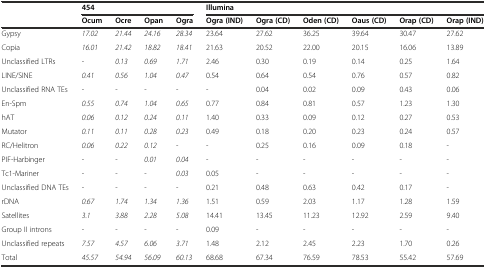
<table><thead><tr><td rowspan="2"></td><td colspan="4"><b>454</b></td><td colspan="6"><b>Illumina</b></td></tr><tr><td><b>Ocum</b></td><td><b>Ocre</b></td><td><b>Opan</b></td><td><b>Ogra</b></td><td><b>Ogra (IND)</b></td><td><b>Ogra (CD)</b></td><td><b>Oden (CD)</b></td><td><b>Oaus (CD)</b></td><td><b>Orap (CD)</b></td><td><b>Orap (IND)</b></td></tr></thead><tbody><tr><td>Gypsy</td><td><i>17.02</i></td><td><i>21.44</i></td><td><i>24.16</i></td><td><i>28.34</i></td><td>23.64</td><td>27.62</td><td>36.25</td><td>39.64</td><td>30.47</td><td>27.62</td></tr><tr><td>Copia</td><td><i>16.01</i></td><td><i>21.42</i></td><td><i>18.82</i></td><td><i>18.41</i></td><td>21.63</td><td>20.52</td><td>22.00</td><td>20.15</td><td>16.06</td><td>13.89</td></tr><tr><td>Unclassified LTRs</td><td>-</td><td><i>0.13</i></td><td><i>0.69</i></td><td><i>1.71</i></td><td>2.46</td><td>0.30</td><td>0.19</td><td>0.14</td><td>0.25</td><td>1.64</td></tr><tr><td>LINE/SINE</td><td><i>0.41</i></td><td><i>0.56</i></td><td><i>1.04</i></td><td><i>0.47</i></td><td>0.54</td><td>0.64</td><td>0.54</td><td>0.76</td><td>0.57</td><td>0.82</td></tr><tr><td>Unclassified RNA TEs</td><td>-</td><td>-</td><td>-</td><td>-</td><td>-</td><td>0.04</td><td>0.02</td><td>0.09</td><td>0.43</td><td>0.06</td></tr><tr><td>En-Spm</td><td><i>0.55</i></td><td><i>0.74</i></td><td><i>1.04</i></td><td><i>0.65</i></td><td>0.77</td><td>0.84</td><td>0.81</td><td>0.57</td><td>1.23</td><td>1.30</td></tr><tr><td>hAT</td><td><i>0.06</i></td><td><i>0.12</i></td><td><i>0.24</i></td><td><i>0.11</i></td><td>1.40</td><td>0.33</td><td>0.09</td><td>0.12</td><td>0.27</td><td>0.53</td></tr><tr><td>Mutator</td><td><i>0.11</i></td><td><i>0.11</i></td><td><i>0.28</i></td><td><i>0.23</i></td><td>0.49</td><td>0.18</td><td>0.20</td><td>0.23</td><td>0.24</td><td>0.57</td></tr><tr><td>RC/Helitron</td><td><i>0.06</i></td><td><i>0.22</i></td><td><i>0.12</i></td><td>-</td><td>-</td><td>0.25</td><td>0.16</td><td>0.09</td><td>0.18</td><td>-</td></tr><tr><td>PIF-Harbinger</td><td>-</td><td>-</td><td><i>0.01</i></td><td><i>0.04</i></td><td>-</td><td>-</td><td>-</td><td>-</td><td>-</td><td>-</td></tr><tr><td>Tc1-Mariner</td><td>-</td><td>-</td><td>-</td><td><i>0.03</i></td><td>0.05</td><td>-</td><td>-</td><td>-</td><td>-</td><td>-</td></tr><tr><td>Unclassified DNA TEs</td><td>-</td><td>-</td><td>-</td><td>-</td><td>0.21</td><td>0.48</td><td>0.63</td><td>0.42</td><td>0.17</td><td>-</td></tr><tr><td>rDNA</td><td><i>0.67</i></td><td><i>1.74</i></td><td><i>1.34</i></td><td><i>1.36</i></td><td>1.51</td><td>0.59</td><td>2.03</td><td>1.17</td><td>1.28</td><td>1.59</td></tr><tr><td>Satellites</td><td><i>3.1</i></td><td><i>3.88</i></td><td><i>2.28</i></td><td><i>5.08</i></td><td>14.41</td><td>13.45</td><td>11.23</td><td>12.92</td><td>2.59</td><td>9.40</td></tr><tr><td>Group II introns</td><td>-</td><td>-</td><td>-</td><td>-</td><td>0.09</td><td>-</td><td>-</td><td>-</td><td>-</td><td>-</td></tr><tr><td>Unclassified repeats</td><td><i>7.57</i></td><td><i>4.57</i></td><td><i>6.06</i></td><td><i>3.71</i></td><td>1.48</td><td>2.12</td><td>2.45</td><td>2.23</td><td>1.70</td><td>0.26</td></tr><tr><td>Total</td><td><i>45.57</i></td><td><i>54.94</i></td><td><i>56.09</i></td><td><i>60.13</i></td><td>68.68</td><td>67.34</td><td>76.59</td><td>78.53</td><td>55.42</td><td>57.69</td></tr></tbody></table>